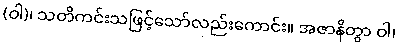
(ဝါ)၊ သတိကင်းသဖြင့်သော်လည်းကောင်း။ အဇာနိတွာ ဝါ၊